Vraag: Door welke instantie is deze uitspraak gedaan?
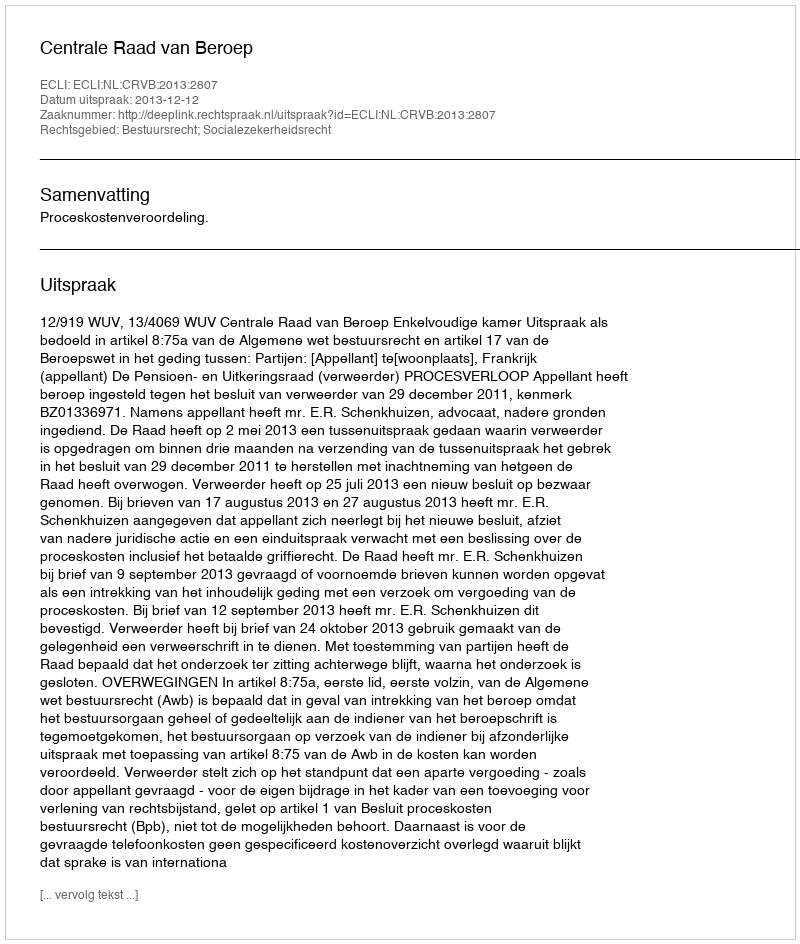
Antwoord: Centrale Raad van Beroep